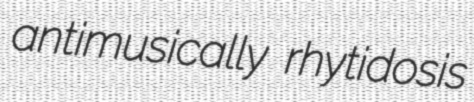
antimusically rhytidosis